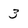
Character: 3